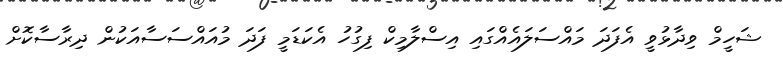
ޝަހީމް ވިދާޅުވީ އެފަދަ މައްސަލައެއްގައި އިސްލާމިކް ފިގުހު އެކަޑަމީ ފަދަ މުއައްސަސާއަކުން ދިރާސާކޮށް